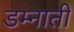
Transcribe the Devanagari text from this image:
डम्नाती